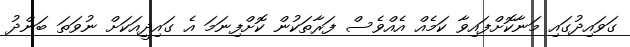
ގަވައިދުގައި މަނާކޮށްފައިވާ ކަމެއް އެއްވެސް ފަރާތަކުން ކޮށްފިނަމަ އެ ގައިދީއަކަށް ނުވަތަ ބަންދު